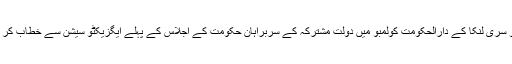
وہ جمعہ کو سری لنکا کے دارالحکومت کولمبو میں دولت مشترکہ کے سربراہان حکومت کے اجلاس کے پہلے ایگزیکٹو سیشن سے خطاب کر رہے تھے۔